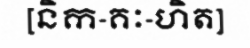
[និក-គៈ-ហិត]